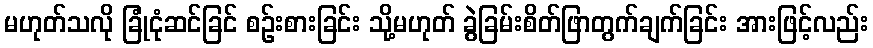
မဟုတ်သလို ခြုံငုံဆင်ခြင် စဉ်းစားခြင်း သို့မဟုတ် ခွဲခြမ်းစိတ်ဖြာတွက်ချက်ခြင်း အားဖြင့်လည်း